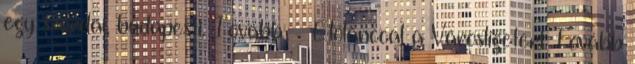
egy szerdai, budapesti. Tovább › ›Élőlánccal a Városligetért Tovább